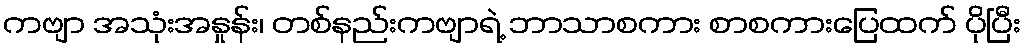
ကဗျာ အသုံးအနှုန်း၊ တစ်နည်းကဗျာရဲ့ ဘာသာစကား စာစကားပြေထက် ပိုပြီး